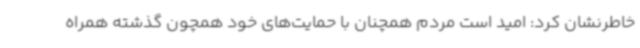
خاطرنشان کرد: امید است مردم همچنان با حمایت‌های خود همچون گذشته همراه